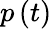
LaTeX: p\left(t\right)